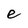
Character: e